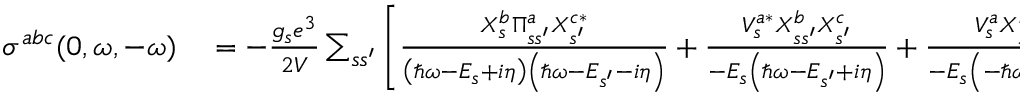
\begin{array} { r l } { \sigma ^ { a b c } ( 0 , \omega , - \omega ) } & { { } = - \frac { g _ { s } e ^ { 3 } } { 2 V } \sum _ { s s ^ { \prime } } \left[ \frac { X _ { s } ^ { b } \Pi _ { s s ^ { \prime } } ^ { a } X _ { s ^ { \prime } } ^ { c * } } { \left( \hbar \omega - E _ { s } + i \eta \right) \left( \hbar \omega - E _ { s ^ { \prime } } - i \eta \right) } + \frac { V _ { s } ^ { a * } X _ { s s ^ { \prime } } ^ { b } X _ { s ^ { \prime } } ^ { c } } { - E _ { s } \left( \hbar \omega - E _ { s ^ { \prime } } + i \eta \right) } + \frac { V _ { s } ^ { a } X _ { s s ^ { \prime } } ^ { b * } X _ { s ^ { \prime } } ^ { c * } } { - E _ { s } \left( - \hbar \omega - E _ { s ^ { \prime } } - i \eta \right) } \right] } \end{array}